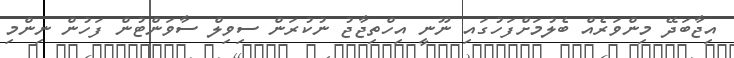
އިޖާބަދޭ މިންވަރެއް ބެލުމަށްފަހުގައި ނޫނީ އިހްތިޖާޖު ނުކުރަން ސިވިލް ސާވަންޓުން ފަހުން ނިންމި